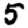
Digit: 5